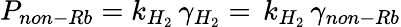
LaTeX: P_{non-Rb}=k_{H_{2}}\, \gamma_{H_{2}}=\, k_{H_{2}}\, \gamma_{non-Rb}